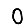
Digit: 0